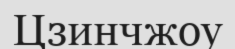
Цзинчжоу